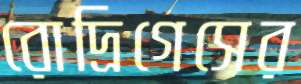
রোদ্রিগেসের